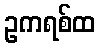
ဥကရစ်ထ